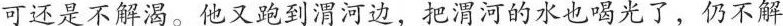
可还是不解渴。他又跑到渭河边，把渭河的水也喝光了，仍不解